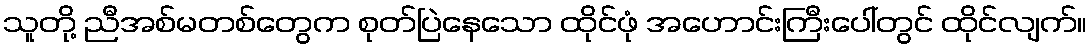
သူတို့ ညီအစ်မတစ်တွေက စုတ်ပြဲနေသော ထိုင်ဖုံ အဟောင်းကြီးပေါ်တွင် ထိုင်လျက်။